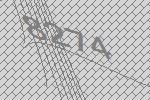
8274